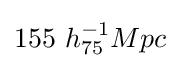
155\ h_{75}^{-1}Mpc